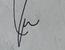
Signature authenticity: genuine